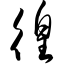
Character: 徨